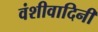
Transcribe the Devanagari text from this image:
वंशीवादिनी